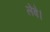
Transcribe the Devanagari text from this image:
लेंवे।